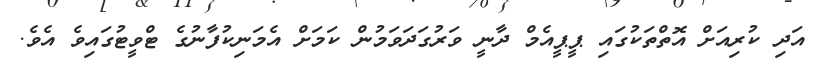
އަދި ކުރިއަށް އޮތްތަކުގައި ޕީޕީއެމް ދާނީ ވަރުގަދަވަމުން ކަމަށް އެމަނިކުފާނުގެ ޓްވީޓުގައިވެ އެވެ.